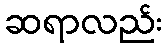
ဆရာလည်း